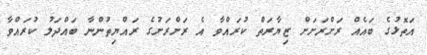
އަތޮޅުގެ ބައެއް ރަށްރަށަށް ޒިޔާރަތް ކުރައްވާ އެ ރަށްރަށުގެ ރައްޔިތުންނާ ބައްދަލު ކުރައްވާ